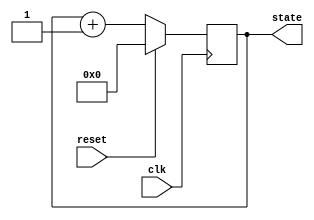
module synchronous_reset (
    input wire clk,        // Clock signal
    input wire reset,      // Reset signal
    output reg [3:0] state // State output (4-bit for example)
);

// Define the reset value
localparam RESET_VALUE = 4'b0000;

// Sequential logic with synchronous reset
always @(posedge clk) begin
    if (reset) begin
        // Reset state to predefined value
        state <= RESET_VALUE;
    end else begin
        // Normal operation: state transition logic
        // Example: Increment state (wrap around at 15)
        state <= state + 1'b1; // Modify this logic as needed for your application
    end
end

endmodule